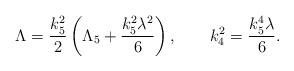
LaTeX: \begin{align*}\Lambda = \frac{k_5^2}2 \left( \Lambda_5 + \frac{k_5^2 \lambda^2}6\right), \qquad k_4^2 = \frac{k_5^4 \lambda}6.\end{align*}